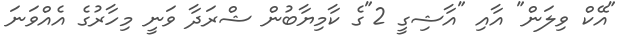
"އޭކް ވިލަން" އާއި "އާޝިގީ 2"ގެ ކާމިޔާބުން ޝްރަދާ ވަނީ މިހާރުގެ އެއްވަނަ